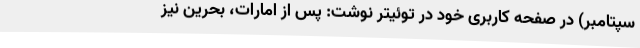
سپتامبر) در صفحه کاربری خود در توئیتر نوشت: پس از امارات، بحرین نیز